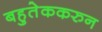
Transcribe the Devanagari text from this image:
बहुतेककरुन